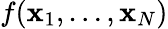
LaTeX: f{}(\mathbf{x}_{1},\ldots,\mathbf{x}_{N})